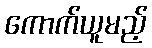
ကောက်ယူမည့်